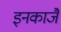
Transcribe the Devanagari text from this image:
इनकाजै